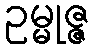
ဥမ္မုဇ္ဇ